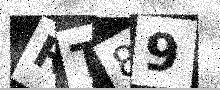
Text: RT89